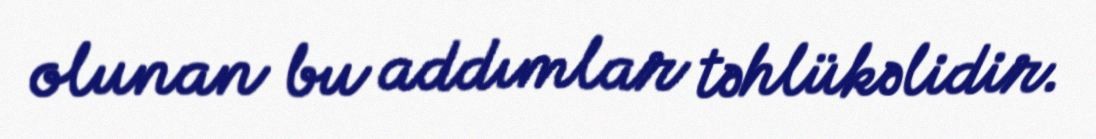
olunan bu addımlar təhlükəlidir.